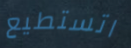
اتستطيع